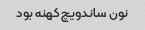
نون ساندویچ کهنه بود